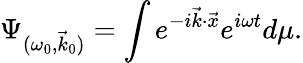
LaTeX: \Psi_{(\omega_{0},\vec{k}_{0})}=\int e^{-i\vec{k}{\cdot}\vec{x}}e^{i\omega t}d\mu.